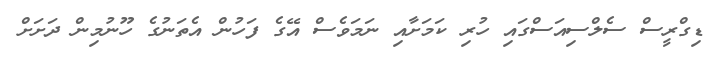
ޑިގްރީސް ސެލްސިއަސްގައި ހުރި ކަމަށާއި ނަމަވެސް އޭގެ ފަހުން އެތަނުގެ ހޫނުމިން ދަށަށް